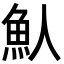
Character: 魜